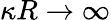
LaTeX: \kappa R\rightarrow\infty